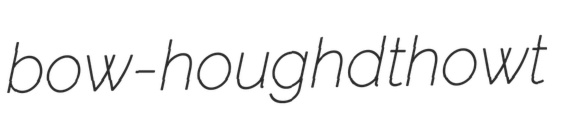
bow-houghd thowt